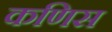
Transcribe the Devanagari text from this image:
कणिस